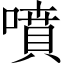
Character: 噴